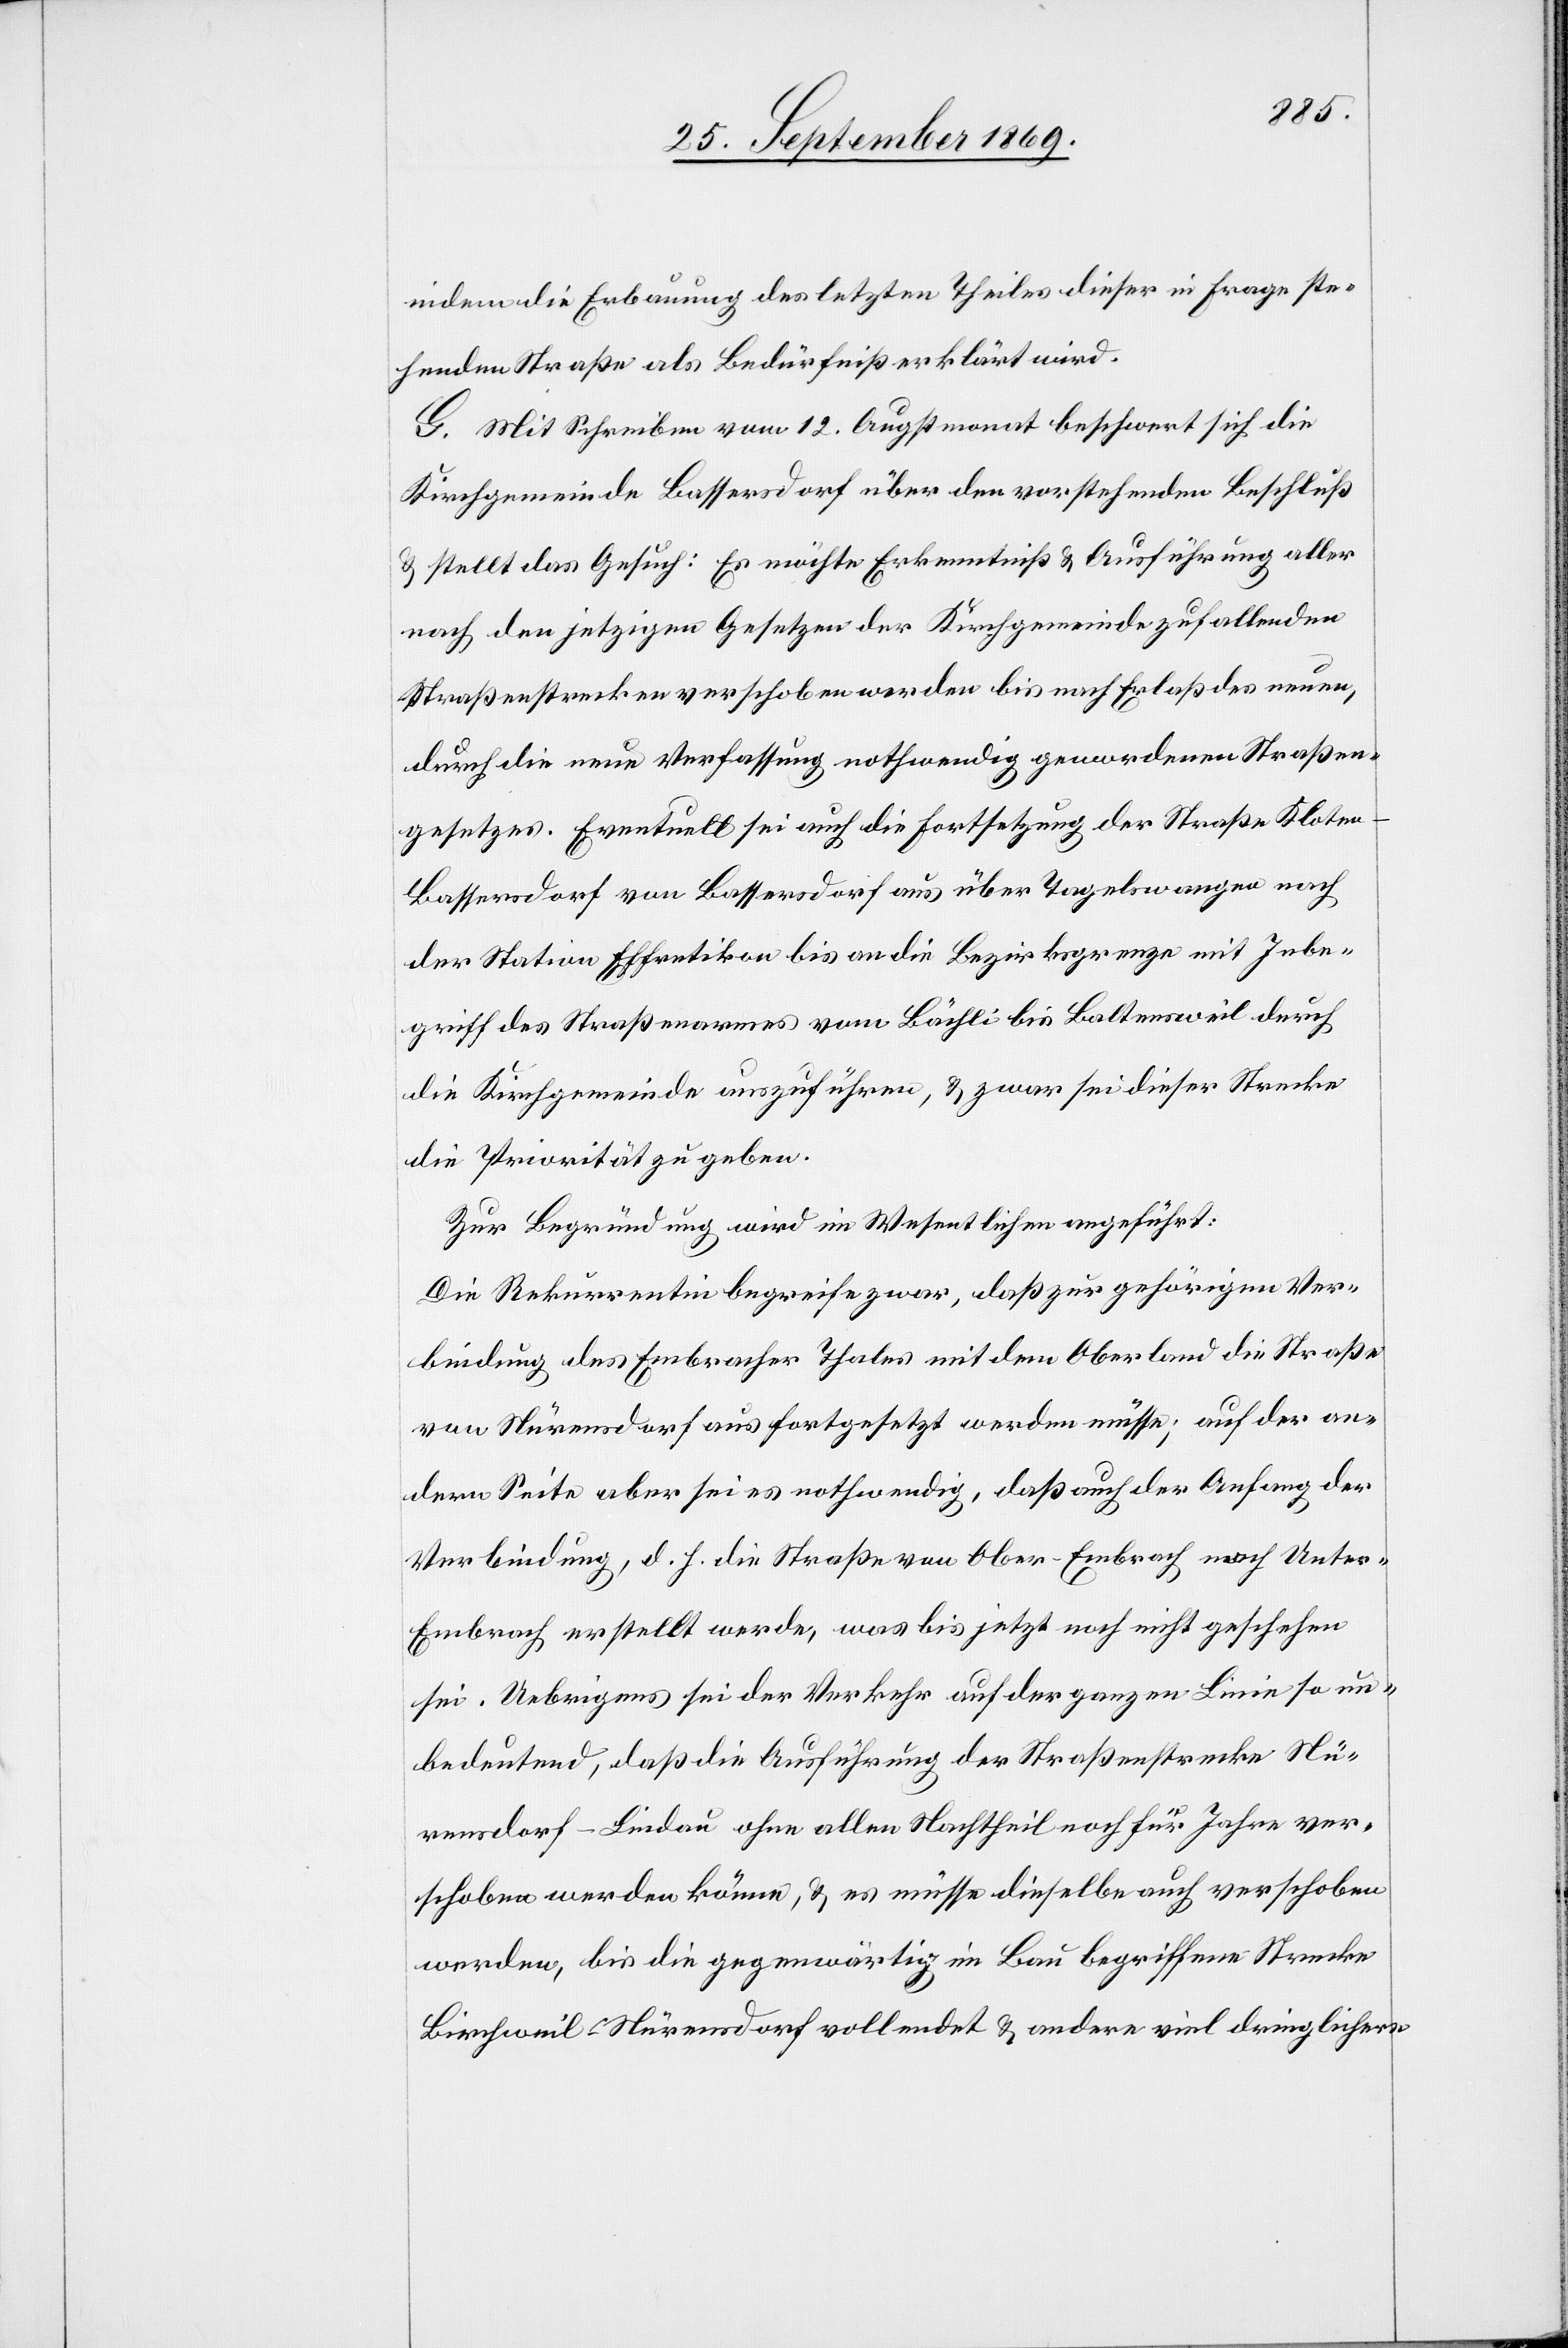
indem die Erbauung des letzten Theiles dieser in Frage ste¬
henden Straße als Bedürfniß erklärt wird.
G. Mit Schreiben vom 12. Augstmonat beschwert sich die
Kirchgemeinde Bassersdorf über den vorstehenden Beschluß
& stellt das Gesuch: Es möchte Erkenntniß & Ausführung aller
nach den jetzigen Gesetzen der Kirchgemeinde zufallenden
Straßenstrecken verschoben werden bis nach Erlaß des neuen,
durch die neue Verfassung nothwendig gewordenen Straßen¬
gesetzes. Eventuell sei auch die Fortsetzung der Straße Klote¬
n–Bassersdorf von Bassersdorf aus über Tagelswangen nach
der Station Effretikon bis an die Bezirksgrenze mit Inbe¬
griff des Straßenarmes vom Bächli bis Baltensweil durch
die Kirchgemeinde auszuführen, & zwar sei dieser Strecke
die Priorität zu geben.
Zur Begründung wird im Wesentlichen angeführt:
Die Rekurrentin begreife zwar, daß zur gehörigen Ver¬
bindung des Embracher Thales mit dem Oberland die Straße
von Nürensdorf aus fortgesetzt werden müsse; auf der an¬
dern Seite aber sei es nothwendig, daß auch der Anfang der
Verbindung, d. h. die Straße von Ober-Embrach nach Unte¬
r-Embrach erstellt werde, was bis jetzt noch nicht geschehen
sei. Uebrigens sei der Verkehr auf der ganzen Linie so un¬
bedeutend, daß die Ausführung der Straßenstrecke Nü¬
rensdorf–Lindau ohne allen Nachtheil noch für Jahre ver¬
schoben werden könne, & es müsse dieselbe auch verschoben
werden, bis die gegenwärtig im Bau begriffene Strecke
Birchweil–Nürensdorf vollendet & andere viel dringlichere